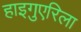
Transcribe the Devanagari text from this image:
हाइगुएरिला